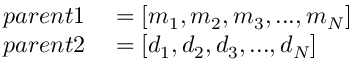
\begin{array} { r l } { p a r e n t 1 } & { { } = [ m _ { 1 } , m _ { 2 } , m _ { 3 } , . . . , m _ { N } ] } \\ { p a r e n t 2 } & { { } = [ d _ { 1 } , d _ { 2 } , d _ { 3 } , . . . , d _ { N } ] } \end{array}